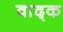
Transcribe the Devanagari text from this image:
वाद्क